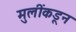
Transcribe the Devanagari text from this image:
मुलींकडून